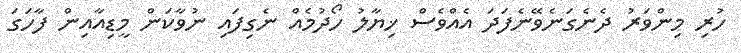
ހުރި މިންވަރު ދެނެގަނެވޭނެފަދަ އެއްވެސް ޚިޔާލު ހޯދުމެއް ނެގިފައި ނުވާކަން މީޑިއާއިން ފާހަގަ